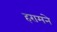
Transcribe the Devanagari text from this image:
हरामने